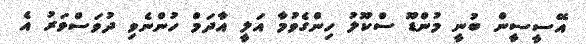
އޭސީސީން ބުނީ މުންޑޫ ސްކޫލު ހިންގެވުމާ އަލީ އާދަމް ހުންނެވި ދުވަސްވަރު އެ